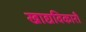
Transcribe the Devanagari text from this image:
खाद्यविकारी